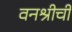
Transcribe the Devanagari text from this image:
वनश्रीची